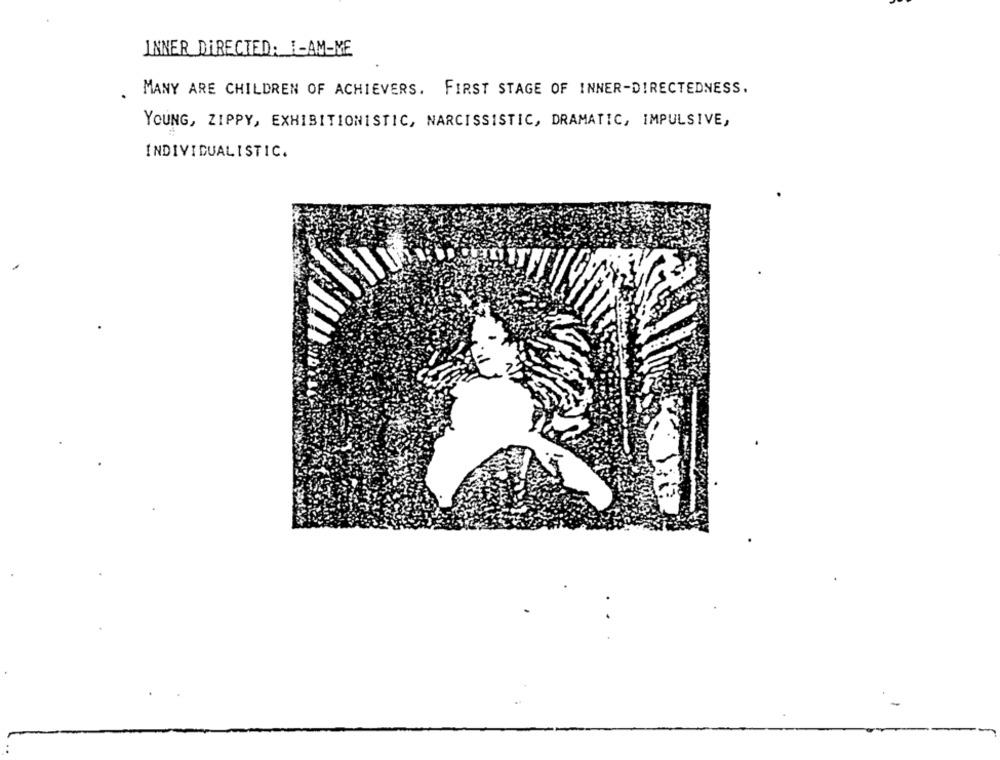
INNER DIRECTED: 1-AM-ME
MANY ARE CHILDREN OF ACHIEVERS. FIRST STAGE OF INNER-DIRECTEDNESS.
YOUNG, ZIPPY, EXHIBITIONISTIC, NARCISSISTIC, DRAMATIC, IMPULSIVE,
INDIVIDUALISTIC.